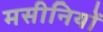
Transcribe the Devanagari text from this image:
मसीनियों